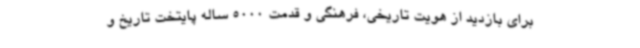
برای بازدید از هویت تاریخی، فرهنگی و قدمت 5000 ساله پایتخت تاریخ و